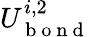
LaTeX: U_{\mathrm{~b~o~n~d~}}^{i,2}